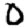
Digit: 0